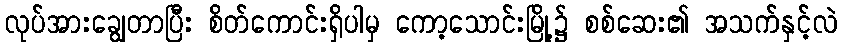
လုပ်အားချွေတာပြီး စိတ်ကောင်းရှိပါမှ ကော့သောင်းမြို့၌ စစ်ဆေး၏ အသက်နှင့်လဲ